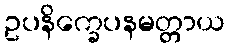
ဥပနိက္ခေပနမတ္တာယ